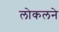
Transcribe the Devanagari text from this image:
लोकलने